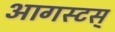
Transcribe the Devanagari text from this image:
आगस्टस्